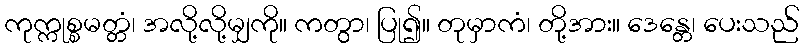
ကုက္ကုစ္စမတ္တံ၊ အလို့လို့မျှကို။ ကတွာ၊ ပြု၍။ တုမှာကံ၊ တို့အား။ ဒေန္တေ၊ ပေးသည်